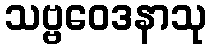
သဗ္ဗဝေဒနာသု